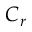
C _ { r }